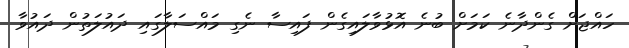
ހައްޖަށް ގެންދާނެ ކަމަށް ބުނެ އޮޅުވާލައިގެން ފައިސާ ނެގި މައްސަލާގައި ދައުލަތުން ދައުވާ